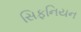
સિફનિયન